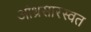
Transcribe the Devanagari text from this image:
आंध्रसारस्वत